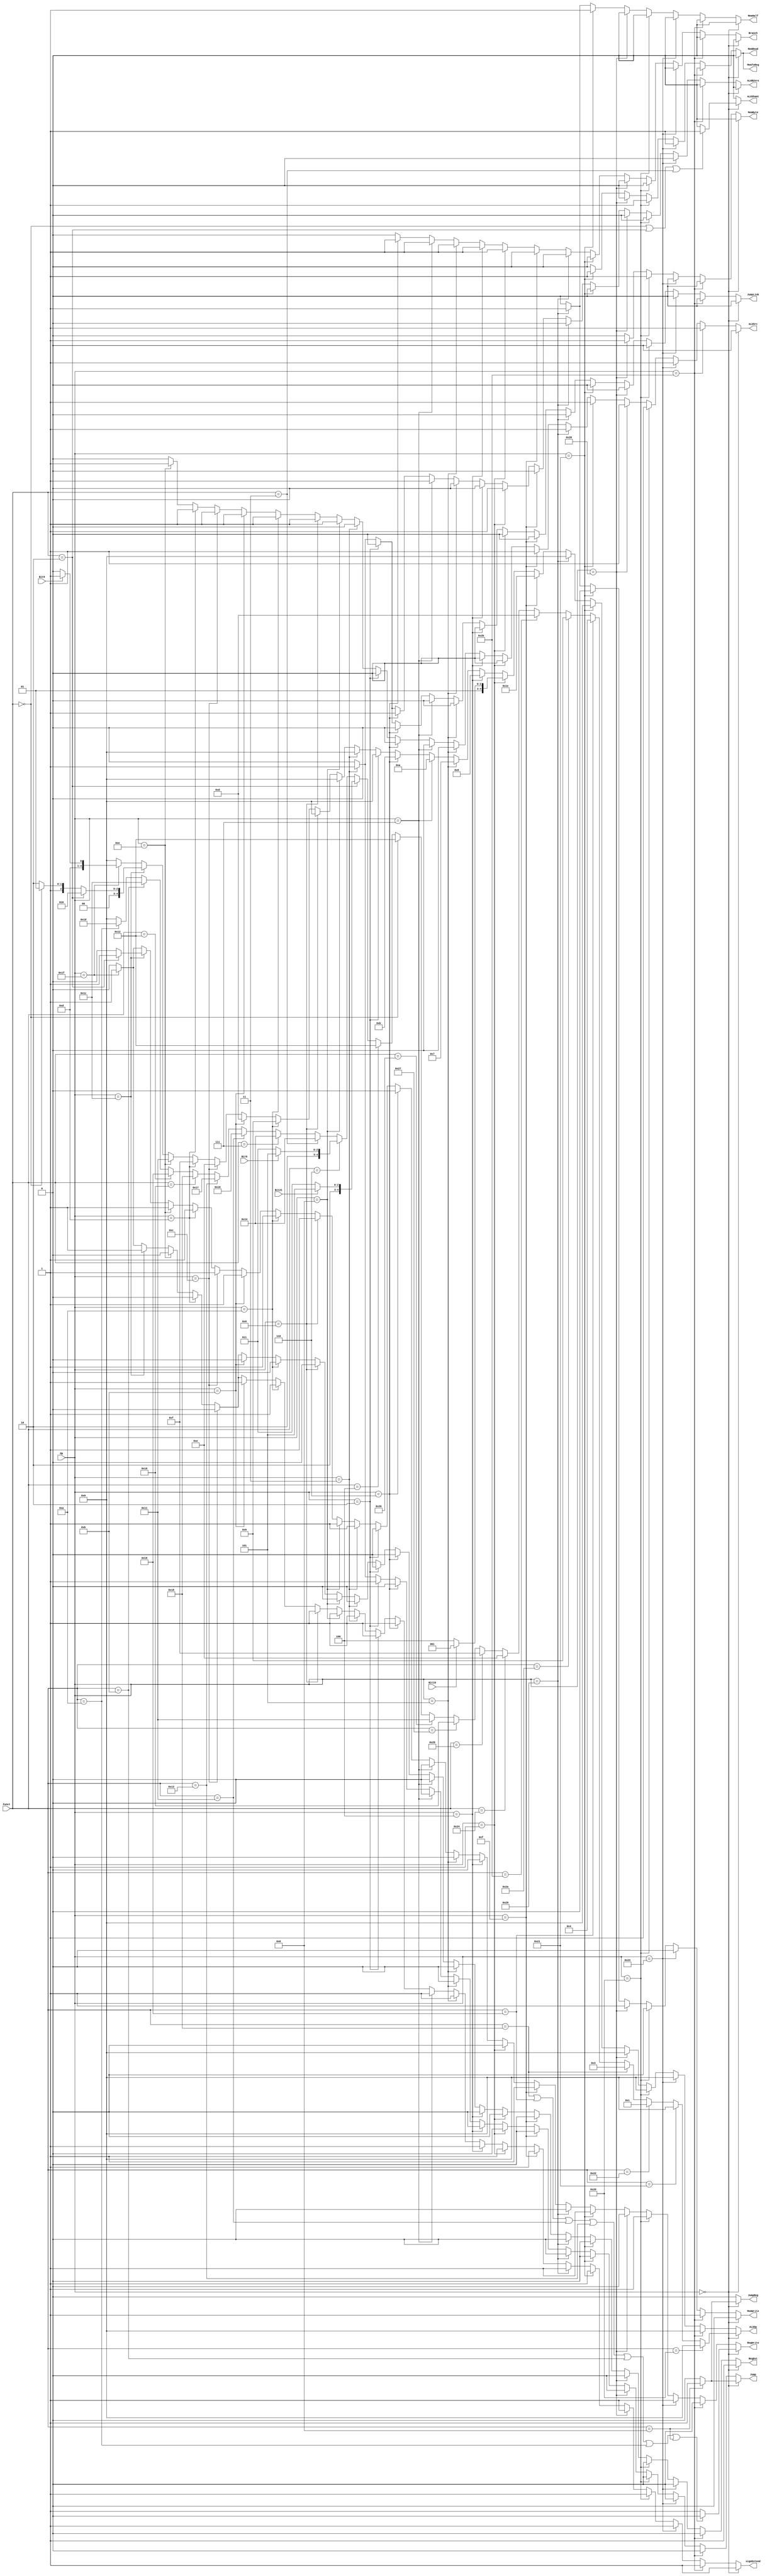
`timescale 1ns / 1ps
//////////////////////////////////////////////////////////////////////////////////
// Company: University of Arizona
// 
// Implemented in ECE369
//////////////////////////////////////////////////////////////////////////////////

module Control(Op, Funct, Bit21, Bit16, Bit9, Bit6, RegDst, ALUSrc, MemToReg,
               RegWrite, MemRead, MemWrite, Branch, ALUOp, ALUShamt, signExtend,
               MemByte, MemHalf, ALUBZero, Jump, JumpReg, JumpLink);
    input [5:0] Op;
    input [5:0] Funct;
    
    input Bit21; // Differentiate ROTR and SRL
    input Bit16; // Differentiate between BGEZ amd BLTZ
    input Bit9; // Used for seb and seh
    input Bit6; // Used for srlv and rotrv
    output reg RegDst, ALUSrc, MemToReg, RegWrite, MemRead, MemWrite, Branch, ALUShamt, signExtend, MemByte, MemHalf, ALUBZero, Jump, JumpReg, JumpLink;
    output reg[4:0] ALUOp;
    
    always @(*) begin
            if(Op == 6'b000000) begin // R-type
                RegDst <= 1;
                ALUSrc <= 0;
                MemToReg <= 0;
                MemRead <= 0;
                MemWrite <= 0;
                Branch <= 0;
                MemByte <= 0;
                MemHalf <= 0;
                ALUBZero <= 0;
                JumpLink <= 0;
                signExtend <= 1;
                if (Funct == 6'b001000) begin // For jr set jump and jumpreg to 1
                    Jump <= 1;
                    JumpReg <= 1;
                end
                else begin // Set jump and jumpreg to 0 otherwise
                    Jump <= 0;
                    JumpReg <= 0;
                end
                // RegWrite is 0 for mult, multu, movn, movz, mthi, mtlo, and jr
                if (Funct == 6'b011000 || Funct == 6'b011001 ||
                    Funct == 6'b010001 || Funct == 6'b010011 ||
                    Funct == 6'b001011 || Funct == 6'b001010 ||
                    Funct == 6'b001000) begin
                        RegWrite <= 0;
                end
                else begin // RegWrite is 1 otherwise
                    RegWrite <= 1;
                end
                // ALUShamt is 1 for srl, sll, rotr, and sra
                if (Funct == 6'b000000 || Funct == 6'b000010 ||
                    Funct == 6'b000011) begin
                    ALUShamt <= 1;    
                end
                else begin
                    ALUShamt <= 0;
                end
                // Set op codes
                if (Funct == 6'b100000) begin // Add
                    ALUOp <= 0;
                end
                else if(Funct == 6'b100001) begin // Addu
                    ALUOp <= 0;
                end
                else if(Funct == 6'b100010) begin // Sub
                    ALUOp <= 1;
                end
                else if(Funct == 6'b011000) begin // Mult
                    ALUOp <= 3;
                end
                else if(Funct == 6'b011001) begin // Multu
                    ALUOp <= 4;
                end
                else if(Funct == 6'b101010) begin // Slt
                    ALUOp <= 9;
                end
                else if(Funct == 6'b101011) begin // Sltu
                    ALUOp <= 13;
                end
                else if(Funct == 6'b100100) begin // And
                    ALUOp <= 14;
                end
                else if(Funct == 6'b100101) begin // Or
                    ALUOp <= 15;
                end
                else if(Funct == 6'b100111) begin // Nor
                    ALUOp <= 16;
                end
                else if(Funct == 6'b100110) begin // Xor
                    ALUOp <= 17;
                end
                else if(Funct == 6'b000000) begin // Sll
                    ALUOp <= 18;
                end
                else if(Funct == 6'b000100) begin // Sllv
                    ALUOp <= 18;
                end
                else if(Funct == 6'b000010) begin // Srl or rotr
                    if(Bit21 == 1'b0) begin // Sll
                        ALUOp <= 19;
                    end
                    else begin // Rotr
                        ALUOp <= 21;
                    end
                end
                else if(Funct == 6'b000110) begin // Srlv or rotrv
                    if(Bit6 == 1'b0) begin // Srlv
                        ALUOp <= 19;
                    end
                    else begin // Rotrv
                        ALUOp <= 21;
                    end
                end
                else if(Funct == 6'b000011) begin // Sra
                    ALUOp <= 20;
                end
                else if(Funct == 6'b000111) begin // Srav
                    ALUOp <= 20;
                end
                else if(Funct == 6'b010001) begin // Mthi
                    ALUOp <= 22;
                end
                else if(Funct == 6'b010011) begin // Mtlo
                    ALUOp <= 23;
                end
                else if(Funct == 6'b010000) begin // Mfhi
                    ALUOp <= 24;
                end
                else if(Funct == 6'b010010) begin // Mflo
                    ALUOp <= 25;
                end
                else if(Funct == 6'b001011) begin // Movn
                    ALUOp <= 28;
                end
                else if(Funct == 6'b001010) begin // Movz
                    ALUOp <= 29;
                end
                else if(Funct == 6'b001000) begin // jr
                    ALUOp <= 0;
                end
                else begin // Unknown
                    ALUOp <= 0;
                end
            end
            else begin // Not R-type
                // Phase 2
                if(Op == 6'b101011) begin // Store word
                    RegDst <= 0;
                    ALUSrc <= 1;
                    MemToReg <= 0;
                    RegWrite <= 0;
                    MemRead <= 0;
                    MemWrite <= 1;
                    Branch <= 0;
                    ALUOp <= 0;
                    ALUShamt <= 0;
                    MemByte <= 0;
                    MemHalf <= 0;
                    ALUBZero <= 0;
                    Jump <= 0;
                    JumpReg <= 0;
                    JumpLink <= 0;
                    signExtend <= 1;
                end
                else if(Op == 6'b100011) begin // Load Word
                    RegDst <= 0;
                    ALUSrc <= 1;
                    MemToReg <= 1;
                    RegWrite <= 1;
                    MemRead <= 1;
                    MemWrite <= 0;
                    Branch <= 0;
                    ALUOp <= 0;
                    ALUShamt <= 0;
                    MemByte <= 0;
                    MemHalf <= 0;
                    ALUBZero <= 0;
                    Jump <= 0;
                    JumpReg <= 0;
                    JumpLink <= 0;
                    signExtend <= 1;
                end
                else if(Op == 6'b100000) begin // Load byte
                    RegDst <= 0;
                    ALUSrc <= 1;
                    MemToReg <= 1;
                    RegWrite <= 1;
                    MemRead <= 1;
                    MemWrite <= 0;
                    Branch <= 0;
                    ALUOp <= 0;
                    ALUShamt <= 0;
                    MemByte <= 1;
                    MemHalf <= 0;
                    ALUBZero <= 0;
                    Jump <= 0;
                    JumpReg <= 0;
                    JumpLink <= 0;
                    signExtend <= 1;
                end
                else if(Op == 6'b101000) begin // Store byte
                    RegDst <= 0;
                    ALUSrc <= 1;
                    MemToReg <= 0;
                    RegWrite <= 0;
                    MemRead <= 0;
                    MemWrite <= 1;
                    Branch <= 0;
                    ALUOp <= 0;
                    ALUShamt <= 0;
                    MemByte <= 1;
                    MemHalf <= 0;
                    ALUBZero <= 0;
                    Jump <= 0;
                    JumpReg <= 0;
                    JumpLink <= 0;
                    signExtend <= 1;
                end
                else if(Op == 6'b100001) begin // Load half
                    RegDst <= 0;
                    ALUSrc <= 1;
                    MemToReg <= 1;
                    RegWrite <= 1;
                    MemRead <= 1;
                    MemWrite <= 0;
                    Branch <= 0;
                    ALUOp <= 0;
                    ALUShamt <= 0;
                    MemByte <= 0;
                    MemHalf <= 1;
                    ALUBZero <= 0;
                    Jump <= 0;
                    JumpReg <= 0;
                    JumpLink <= 0;
                    signExtend <= 1;
                end
                else if(Op == 6'b101001) begin // Store half
                    RegDst <= 0;
                    ALUSrc <= 1;
                    MemToReg <= 0;
                    RegWrite <= 0;
                    MemRead <= 0;
                    MemWrite <= 1;
                    Branch <= 0;
                    ALUOp <= 0;
                    ALUShamt <= 0;
                    MemByte <= 0;
                    MemHalf <= 1;
                    ALUBZero <= 0;
                    Jump <= 0;
                    JumpReg <= 0;
                    JumpLink <= 0;
                    signExtend <= 1;
                end
                else if(Op == 6'b001111) begin // Load upper immediate
                    RegDst <= 0;
                    ALUSrc <= 1;
                    MemToReg <= 0;
                    RegWrite <= 1;
                    MemRead <= 0;
                    MemWrite <= 0;
                    Branch <= 0;
                    ALUOp <= 30;
                    ALUShamt <= 0;
                    MemByte <= 0;
                    MemHalf <= 0;
                    ALUBZero <= 0;
                    Jump <= 0;
                    JumpReg <= 0;
                    JumpLink <= 0;
                    signExtend <= 1;
                end
                else if(Op == 6'b000001) begin
                    if(Bit16 == 1'b1) begin // BGEZ
                        RegDst <= 0;
                        ALUSrc <= 0;
                        MemToReg <= 0;
                        RegWrite <= 0;
                        MemRead <= 0;
                        MemWrite <= 0;
                        Branch <= 1;
                        ALUOp <= 9;
                        ALUShamt <= 0;
                        MemByte <= 0;
                        MemHalf <= 0;
                        ALUBZero <= 1;
                        Jump <= 0;
                        JumpReg <= 0;
                        JumpLink <= 0;
                        signExtend <= 1;
                    end
                    else begin // BLTZ
                        RegDst <= 0;
                        ALUSrc <= 0;
                        MemToReg <= 0;
                        RegWrite <= 0;
                        MemRead <= 0;
                        MemWrite <= 0;
                        Branch <= 1;
                        ALUOp <= 12;
                        ALUShamt <= 0;
                        MemByte <= 0;
                        MemHalf <= 0;
                        ALUBZero <= 1;
                        Jump <= 0;
                        JumpReg <= 0;
                        JumpLink <= 0;
                        signExtend <= 1;
                    end
                end
                else if(Op == 6'b000100) begin // BEQ
                    RegDst <= 0;
                    ALUSrc <= 0;
                    MemToReg <= 0;
                    RegWrite <= 0;
                    MemRead <= 0;
                    MemWrite <= 0;
                    Branch <= 1;
                    ALUOp <= 8;
                    ALUShamt <= 0;
                    MemByte <= 0;
                    MemHalf <= 0;
                    ALUBZero <= 0;
                    Jump <= 0;
                    JumpReg <= 0;
                    JumpLink <= 0;
                    signExtend <= 1;
                end
                else if(Op == 6'b000101) begin // BNE
                    RegDst <= 0;
                    ALUSrc <= 0;
                    MemToReg <= 0;
                    RegWrite <= 0;
                    MemRead <= 0;
                    MemWrite <= 0;
                    Branch <= 1;
                    ALUOp <= 7;
                    ALUShamt <= 0;
                    MemByte <= 0;
                    MemHalf <= 0;
                    ALUBZero <= 0;
                    Jump <= 0;
                    JumpReg <= 0;
                    JumpLink <= 0;
                    signExtend <= 1;
                end
                else if(Op == 6'b000111) begin // BGTZ
                    RegDst <= 0;
                    ALUSrc <= 0;
                    MemToReg <= 0;
                    RegWrite <= 0;
                    MemRead <= 0;
                    MemWrite <= 0;
                    Branch <= 1;
                    ALUOp <= 10;
                    ALUShamt <= 0;
                    MemByte <= 0;
                    MemHalf <= 0;
                    ALUBZero <= 1;
                    Jump <= 0;
                    JumpReg <= 0;
                    JumpLink <= 0;
                    signExtend <= 1;
                end
                else if(Op == 6'b000110) begin // BLEZ
                    RegDst <= 0;
                    ALUSrc <= 0;
                    MemToReg <= 0;
                    RegWrite <= 0;
                    MemRead <= 0;
                    MemWrite <= 0;
                    Branch <= 1;
                    ALUOp <= 11;
                    ALUShamt <= 0;
                    MemByte <= 0;
                    MemHalf <= 0;
                    ALUBZero <= 1;
                    Jump <= 0;
                    JumpReg <= 0;
                    JumpLink <= 0;
                    signExtend <= 1;
                end
                else if(Op == 6'b000010) begin // J
                    RegDst <= 0;
                    ALUSrc <= 0;
                    MemToReg <= 0;
                    RegWrite <= 0;
                    MemRead <= 0;
                    MemWrite <= 0;
                    Branch <= 0;
                    ALUOp <= 0;
                    ALUShamt <= 0;
                    MemByte <= 0;
                    MemHalf <= 0;
                    ALUBZero <= 0;
                    Jump <= 1;
                    JumpLink <= 0;
                    JumpReg <= 0;
                    signExtend <= 1;
                end
                else if(Op == 6'b000011) begin // JAL
                    RegDst <= 0;
                    ALUSrc <= 0;
                    MemToReg <= 0;
                    RegWrite <= 1;
                    MemRead <= 0;
                    MemWrite <= 0;
                    Branch <= 0;
                    ALUOp <= 0;
                    ALUShamt <= 0;
                    MemByte <= 0;
                    MemHalf <= 0;
                    ALUBZero <= 1;
                    Jump <= 1;
                    JumpReg <= 0;
                    JumpLink <= 1;
                    signExtend <= 1;
                end
                // Phase 1
                else if(Op == 6'b001000) begin // Addi
                    RegDst <= 0;
                    ALUSrc <= 1;
                    RegWrite <= 1;
                    ALUOp <= 0;
                    MemToReg <= 0;
                    MemRead <= 0;
                    MemWrite <= 0;
                    Branch <= 0;
                    ALUShamt <= 0;
                    MemByte <= 0;
                    MemHalf <= 0;
                    ALUBZero <= 0;
                    Jump <= 0;
                    JumpLink <= 0;
                    JumpReg <= 0;
                    signExtend <= 1;
                end    
                else if(Op == 6'b001001) begin // Addiu
                    RegDst <= 0;
                    ALUSrc <= 1;
                    RegWrite <= 1;
                    ALUOp <= 0;
                    MemToReg <= 0;
                    MemRead <= 0;
                    MemWrite <= 0;
                    Branch <= 0;
                    ALUShamt <= 0;
                    MemByte <= 0;
                    MemHalf <= 0;
                    ALUBZero <= 0;
                    Jump <= 0;
                    JumpLink <= 0;
                    JumpReg <= 0;
                    signExtend <= 1;
                end
                else if(Op == 6'b001010) begin // Slti
                    RegDst <= 0;
                    ALUSrc <= 1;
                    RegWrite <= 1;
                    ALUOp <= 9;
                    MemToReg <= 0;
                    MemRead <= 0;
                    MemWrite <= 0;
                    Branch <= 0;
                    ALUShamt <= 0;
                    MemByte <= 0;
                    MemHalf <= 0;
                    ALUBZero <= 0;
                    Jump <= 0;
                    JumpLink <= 0;
                    JumpReg <= 0;
                    signExtend <= 1;
                end
                else if(Op == 6'b001011) begin // Sltiu
                    RegDst <= 0;
                    ALUSrc <= 1;
                    RegWrite <= 1;
                    ALUOp <= 13;
                    MemToReg <= 0;
                    MemRead <= 0;
                    MemWrite <= 0;
                    Branch <= 0;
                    ALUShamt <= 0;
                    MemByte <= 0;
                    MemHalf <= 0;
                    ALUBZero <= 0;
                    Jump <= 0;
                    JumpLink <= 0;
                    JumpReg <= 0;
                    signExtend <= 1;
                end
                else if(Op == 6'b001100) begin // Andi
                    RegDst <= 0;
                    ALUSrc <= 1;
                    RegWrite <= 1;
                    ALUOp <= 14;
                    MemToReg <= 0;
                    MemRead <= 0;
                    MemWrite <= 0;
                    Branch <= 0;
                    ALUShamt <= 0;
                    MemByte <= 0;
                    MemHalf <= 0;
                    ALUBZero <= 0;
                    Jump <= 0;
                    JumpLink <= 0;
                    JumpReg <= 0;
                    signExtend <= 0;
                end
                else if(Op == 6'b001101) begin // Ori
                    RegDst <= 0;
                    ALUSrc <= 1;
                    RegWrite <= 1;
                    ALUOp <= 15;
                    MemToReg <= 0;
                    MemRead <= 0;
                    MemWrite <= 0;
                    Branch <= 0;
                    ALUShamt <= 0;
                    MemByte <= 0;
                    MemHalf <= 0;
                    ALUBZero <= 0;
                    Jump <= 0;
                    JumpLink <= 0;
                    JumpReg <= 0;
                    signExtend <= 0;
                end
                else if(Op == 6'b001110) begin // Xori
                    RegDst <= 0;
                    ALUSrc <= 1;
                    RegWrite <= 1;
                    ALUOp <= 17;
                    MemToReg <= 0;
                    MemRead <= 0;
                    MemWrite <= 0;
                    Branch <= 0;
                    ALUShamt <= 0;
                    MemByte <= 0;
                    MemHalf <= 0;
                    ALUBZero <= 0;
                    Jump <= 0;
                    JumpLink <= 0;
                    JumpReg <= 0;
                    signExtend <= 0;
                end
                else if(Op == 6'b011100) begin // Mul, madd, or msub
                    ALUSrc <= 0;
                    RegDst <= 1; // Don't care for cases 2 & 3
                    MemToReg <= 0;
                    MemRead <= 0;
                    MemWrite <= 0;
                    Branch <= 0;
                    ALUShamt <= 0;
                    MemByte <= 0;
                    MemHalf <= 0;
                    ALUBZero <= 0;
                    Jump <= 0;
                    JumpLink <= 0;
                    JumpReg <= 0;
                    signExtend <= 1;
                    if(Funct == 6'b000010) begin // Mul
                        RegWrite <= 1;
                        ALUOp <= 2;
                    end
                    else if(Funct == 6'b000000) begin // Madd
                        RegWrite <= 0;
                        ALUOp <= 5;
                    end
                    else begin // Msub (6'b000100)
                        RegWrite <= 0;
                        ALUOp <= 6;
                    end
                end
                else if(Op == 6'b011111) begin // Seh or Seb
                    RegDst <= 1;
                    ALUSrc <= 0; // Don't care
                    RegWrite <= 1;
                    MemToReg <= 0;
                    MemRead <= 0;
                    MemWrite <= 0;
                    Branch <= 0;
                    ALUShamt <= 0;
                    MemByte <= 0;
                    MemHalf <= 0;
                    ALUBZero <= 0;
                    Jump <= 0;
                    JumpLink <= 0;
                    JumpReg <= 0;
                    signExtend <= 1;
                    if(Bit9 == 1'b1) begin // Seh
                        ALUOp <= 27;
                    end
                    else begin
                        ALUOp <= 26; // Seb
                    end
                end
                else begin // Unknown
                    RegDst <= 0;
                    ALUSrc <= 0;
                    RegWrite <= 0;
                    MemToReg <= 0;
                    MemRead <= 0;
                    MemWrite <= 0;
                    Branch <= 0;
                    ALUShamt <= 0;
                    MemByte <= 0;
                    MemHalf <= 0;
                    ALUBZero <= 0;
                    Jump <= 0;
                    JumpLink <= 0;
                    JumpReg <= 0;
                    signExtend <= 0;
                    ALUOp <= 0;
                end
            end
    end
endmodule